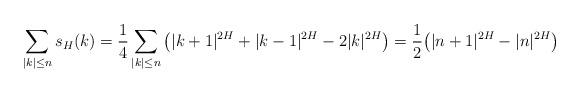
LaTeX: \begin{align*} \sum_{\vert k\vert \leq n} s_H(k) = \frac{1}{4} \sum_{\vert k\vert \leq n} \big( \vert k+1\vert^{2H} + \vert k-1\vert^{2H}- 2 \vert k \vert^{2H} \big) = \frac{1}{2} \big( \vert n+1\vert^{2H} - \vert n \vert^{2H} \big)\end{align*}